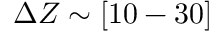
\Delta Z \sim [ 1 0 - 3 0 ]